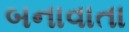
બનાવાતા